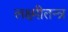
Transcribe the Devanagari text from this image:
लक्ष्मीतन्त्र